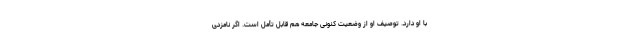
با او دارد. توصیف او از وضعیت کنونی جامعه هم قابل تأمل است. اگر نامزدی